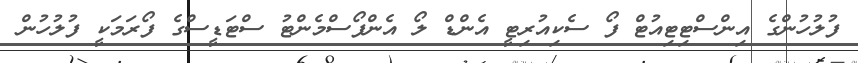
ފުލުހުންގެ އިންސްޓިޓިއުޓް ފޯ ސެކިއުރިޓީ އެންޑް ލޯ އެންފޯސްމެންޓު ސްޓަޑީސްގެ ފޯރަމަކީ ފުލުހުން